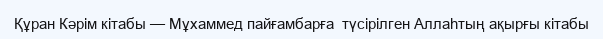
Құран Кәрім кітабы — Мұхаммед пайғамбарға  түсірілген Аллаһтың ақырғы кітабы